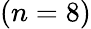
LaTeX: (n=8)